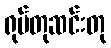
ရုပ်တုဆင်းတု